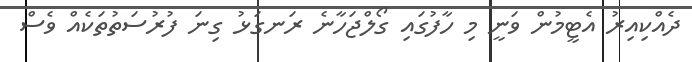
ދެއްކިއިރު އެޓީމުން ވަނީ މި ހާފުގައި ގޯލްޖަހާނެ ރަނގަޅު ގިނަ ފުރުސަތުތަކެއް ވެސް